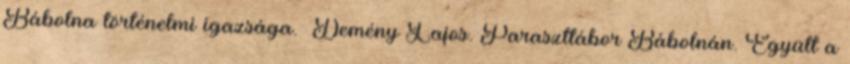
Bábolna történelmi igazsága. Demény Lajos. Paraszttábor Bábolnán. Együtt a